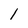
Character: 1